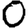
Digit: 0